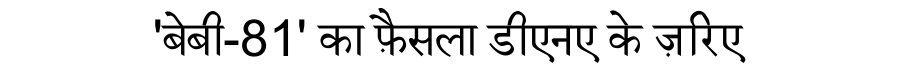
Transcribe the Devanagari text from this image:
'बेबी-81' का फ़ैसला डीएनए के ज़रिए